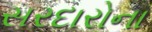
સરદારોના